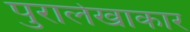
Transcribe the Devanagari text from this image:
पुरालेखाकार